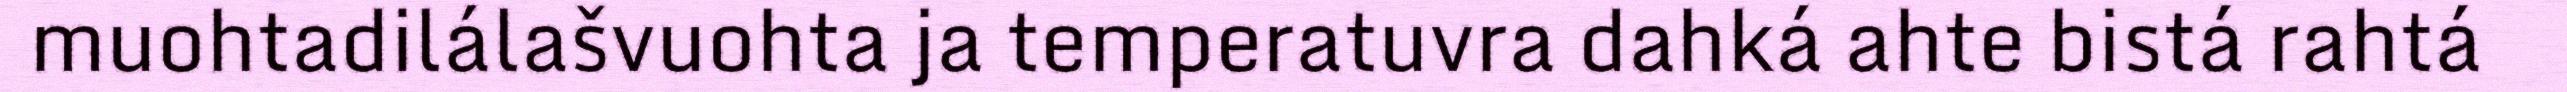
muohtadilálašvuohta ja temperatuvra dahká ahte bistá rahtá